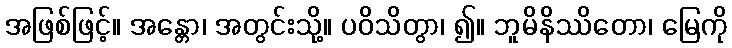
အဖြစ်ဖြင့်။ အန္တော၊ အတွင်းသို့။ ပဝိသိတွာ၊ ၍။ ဘူမိနိဿိတော၊ မြေကို